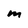
Character: m